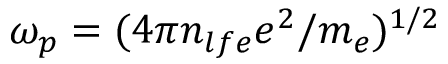
\omega _ { p } = ( 4 \pi n _ { l f e } e ^ { 2 } / m _ { e } ) ^ { 1 / 2 }